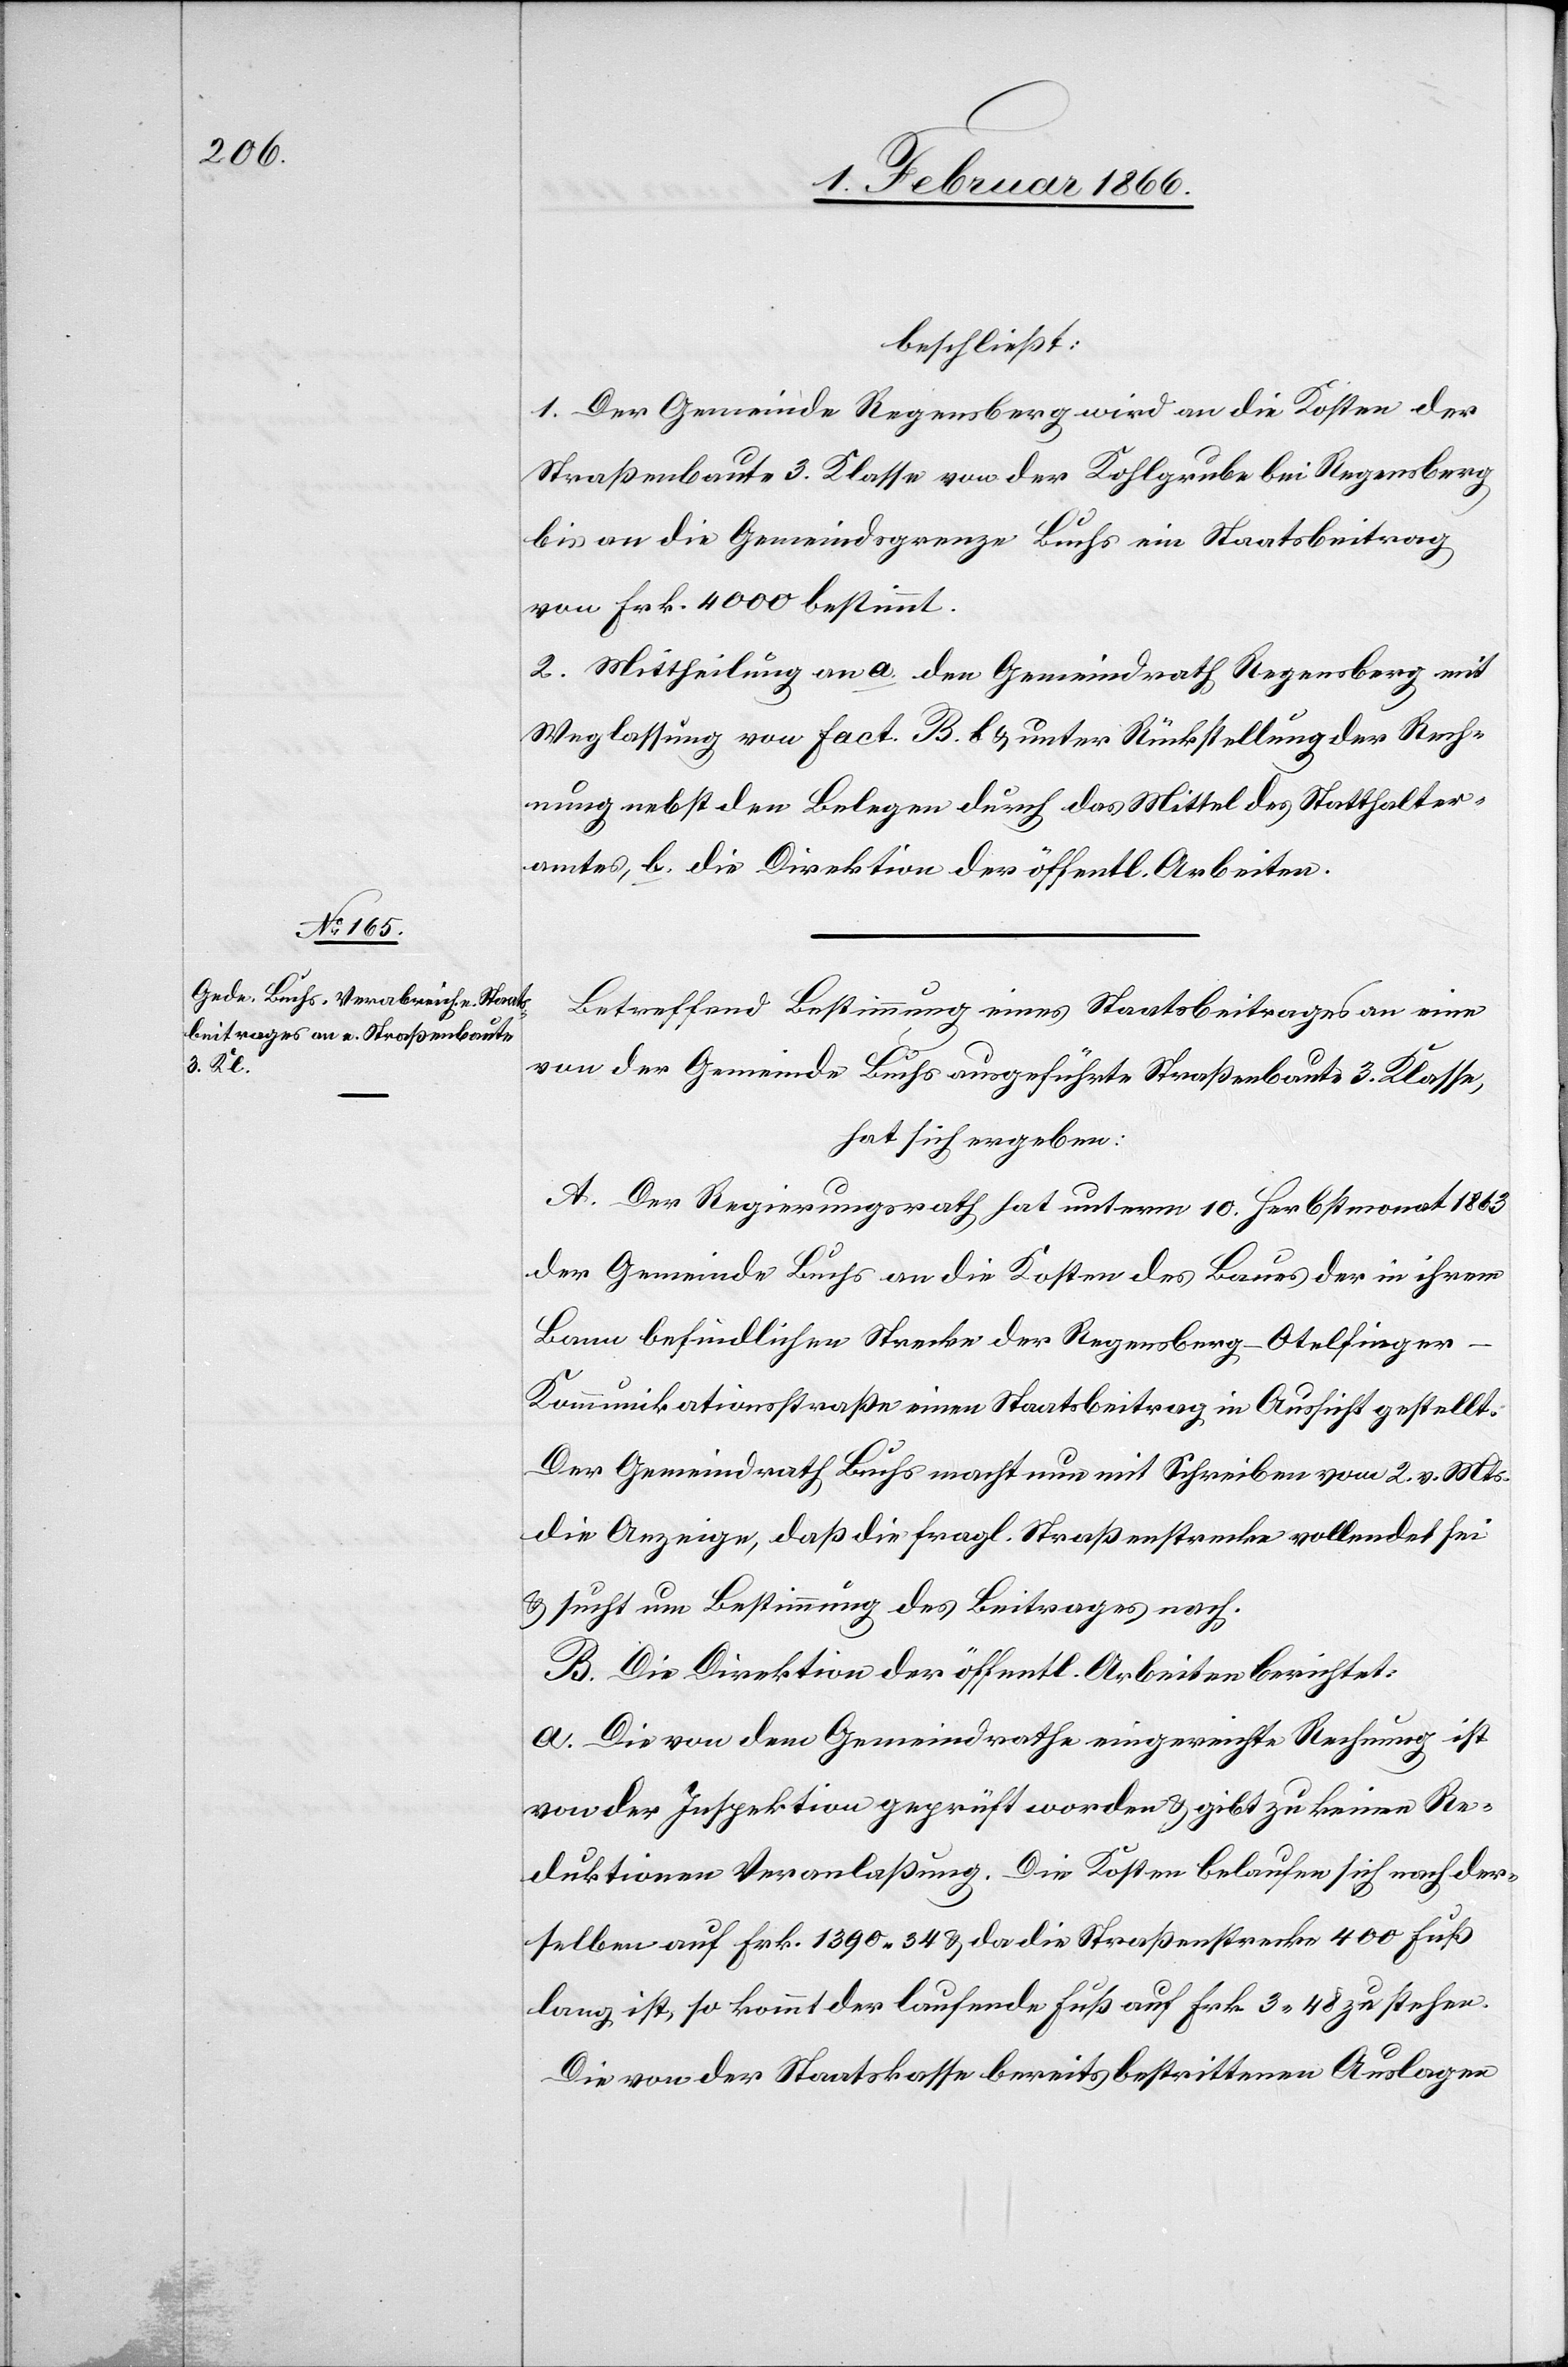
beschließt:
1. Der Gemeinde Regensberg wird an die Kosten der
Straßenbaute 3. Klasse von der Kohlgrube bei Regensberg
bis an die Gemeindsgrenze Buchs ein Staatsbeitrag
von Frk. 4000 bestimmt.
2. Mittheilung an a. den Gemeindrath Regensberg mit
Weglassung von Fact. B.b u. unter Rückstellung der Rech¬
nung nebst den Belegen durch das Mittel des Statthalter¬
amtes, b. die Direktion der öffentl. Arbeiten.
Betreffend Bestimmung eines Staatsbeitrages an eine
von der Gemeinde Buchs ausgeführte Straßenbaute 3. Klasse,
hat sich ergeben:
A. Der Regierungsrath hat unterm 10. Herbstmonat 1863
der Gemeinde Buchs an die Kosten des Baues der in ihrem
Bann befindlichen Strecke der Regensberg–Otelfinge¬
n-Kommunikationsstraße einen Staatsbeitrag in Aussicht gestellt.
Der Gemeindrath Buchs mach nun mit Schreiben vom 2. v. Mts
die Anzeige, daß die fragl. Straßenstecke vollendet sei
u. sucht um Bestimmung des Beitrages nach.
B. Die Direktion der öffentl. Arbeiten berichtet:
a. Die von den Gemeindrathe eingereichte Rechnung ist
von der Inspektion geprüft worden u. gibt zu keinen Re¬
duktionen Veranlaßung. Die Kosten belaufen sich nach der¬
selben auf Frk. 1390,34 u. da die Straßenstrecke 400 Fuß
lang ist, so kommt der laufende Fuß auf Fr. 3,48 zu stehen.
Die von der Staatskasse bereits bestrittenen Auslagen